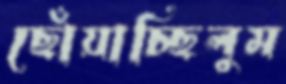
ছোঁয়াচ্ছিলুম